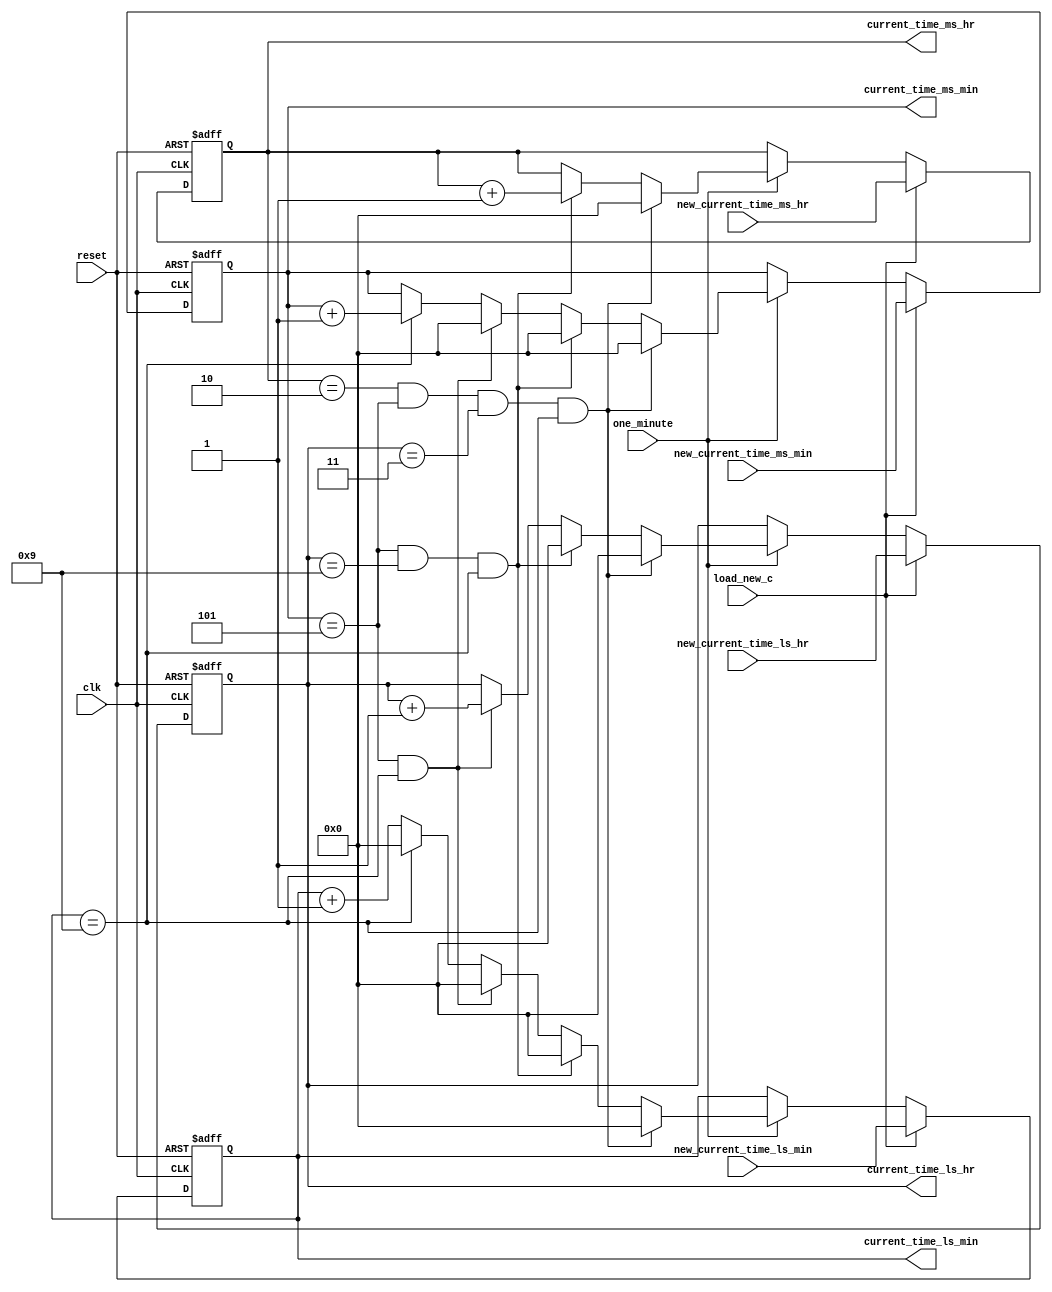

module counter (clk,
	        reset,
		one_minute,
		load_new_c,
		new_current_time_ms_hr,
		new_current_time_ms_min,
		new_current_time_ls_hr,
		new_current_time_ls_min,
		current_time_ms_hr,
		current_time_ms_min,
		current_time_ls_hr,
		current_time_ls_min);
		
input clk,reset,one_minute,load_new_c;
output reg [3:0] current_time_ms_hr,
		current_time_ms_min,
		current_time_ls_hr,
		current_time_ls_min;
input [3:0] new_current_time_ms_hr,
		new_current_time_ms_min,
		new_current_time_ls_hr,
		new_current_time_ls_min;

always @(posedge clk or posedge reset )
begin
if(reset)
begin
current_time_ms_hr<=0;
		current_time_ms_min<=0;
		current_time_ls_hr<=0;
		current_time_ls_min<=0;
end
else if(load_new_c)
begin
current_time_ms_hr<=new_current_time_ms_hr;
		current_time_ms_min<=new_current_time_ms_min;
		current_time_ls_hr<=new_current_time_ls_hr;
		current_time_ls_min<=new_current_time_ls_min;
end
else if(one_minute)
begin
if(current_time_ms_hr==4'h2 &&
		current_time_ms_min==4'h5 &&
		current_time_ls_hr==4'h3 &&
		current_time_ls_min==4'h9)
		begin
		current_time_ms_hr<=0;
		current_time_ms_min<=0;
		current_time_ls_hr<=0;
		current_time_ls_min<=0;
		end
else if (current_time_ms_min==4'h5 &&
		current_time_ls_hr==4'h9 &&
		current_time_ls_min==4'h9)	
		begin
		current_time_ms_hr<=current_time_ms_hr+1;
		current_time_ms_min<=0;
		current_time_ls_hr<=0;
		current_time_ls_min<=0;
		end	
else if (current_time_ms_min==4'h5 &&
		current_time_ls_min==4'h9)	
		begin
		current_time_ms_min<=0;
		current_time_ls_hr<=current_time_ls_hr+1;
		current_time_ls_min<=0;
		end		
else if(current_time_ls_min==4'h9)
begin
current_time_ls_min<=0;
current_time_ms_min<=current_time_ms_min+1;
end
else
begin
current_time_ls_min <= current_time_ls_min + 1'b1;
end
end
end
endmodule